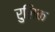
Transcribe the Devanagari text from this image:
रुलिक